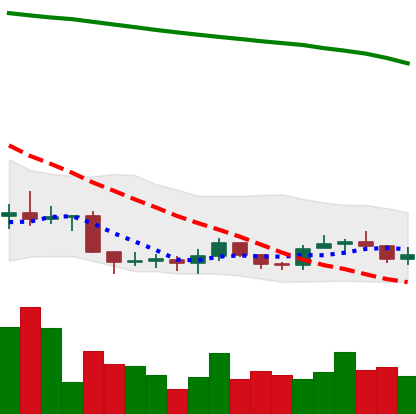
Ticker: ADA-USD
Chart end date: 2019-09-12
Forward return: 7.824%
Label: up_7plus